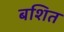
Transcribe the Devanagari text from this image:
बशित